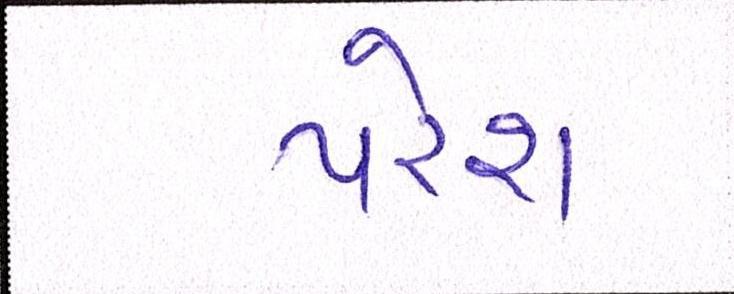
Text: પરેશ